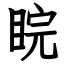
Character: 睆